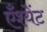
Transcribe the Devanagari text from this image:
एँश्येंट